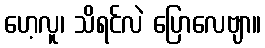
ဟေ့လူ၊ သိရင်လဲ ပြောလေဗျာ။